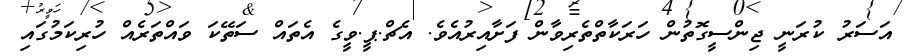
އަސަރު ކުރަނީ ޖިންސީގޮތުން ހަރަކާތްތެރިވާން ފަށާއިރުއެވެ. އެޗް.ޕީ.ވީގެ އެތައް ސަތޭކަ ވައްތަރެއް ހުރިކަމުގައި